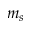
m _ { s }